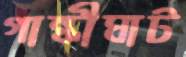
গান্ধীঘাট